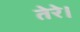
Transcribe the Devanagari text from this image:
तेरे।